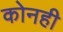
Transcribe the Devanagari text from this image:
कोनही